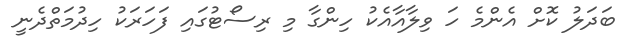
ބަދަލު ކޮށް އެންމެ ހަ ވިލާއާއެކު ހިންގާ މި ރިސޯޓުގައި ފަހަރަކު ހިދުމަތްދެނީ